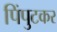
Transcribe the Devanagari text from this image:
पिंपुटकर